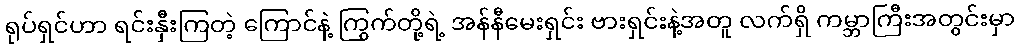
ရုပ်ရှင်ဟာ ရင်းနှီးကြတဲ့ ကြောင်နဲ့ ကြွက်တို့ရဲ့ အန်နီမေးရှင်း ဗားရှင်းနဲ့အတူ လက်ရှိ ကမ္ဘာကြီးအတွင်းမှာ